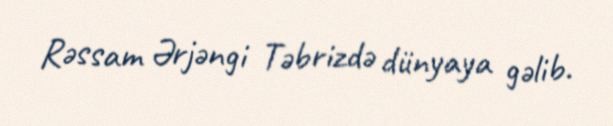
Rəssam Ərjəngi Təbrizdə dünyaya gəlib.